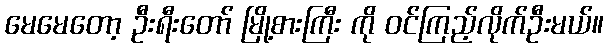
မေမေတော့ ဦးရီးတော် မြို့စားကြီး ကို ဝင်ကြည့်လိုက်ဦးမယ်။